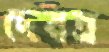
দেবত্র